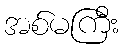
အစ်မကြီး